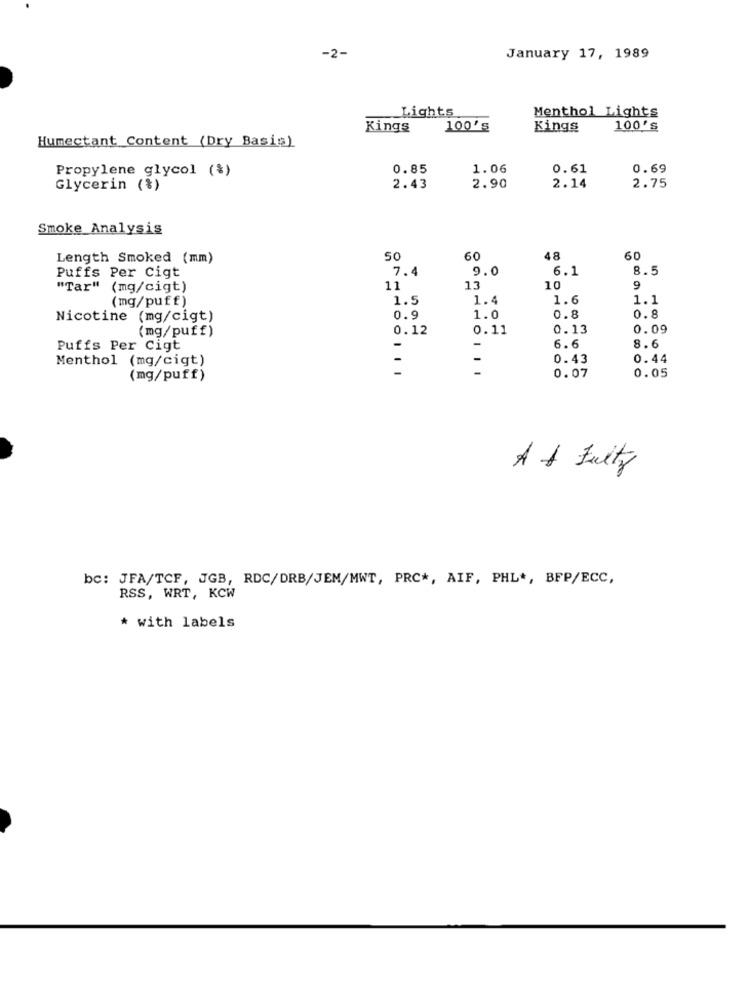
-2-
January 17, 1989
Lights
Menthol Lights
Kings
100's
Kings
100'S
Humectant Content (Dry Basis)
Propylene glycol (%)
0.85
1.06
0.61
0.69
Glycerin (%)
2.43
2.90
2.14
2.75
Smoke Analysis
Length Smoked (mm)
50
60
48
60
Puffs Per Cigt
7.4
9.0
6.1
8.5
"Tar" (mg/cigt)
11
13
10
9
(mg/puff)
1.5
1.4
1.6
1.1
Nicotine (mg/cigt)
0.9
1.0
0.8
0.8
(mg/puff)
0.12
0.11
0.13
0.09
Puffs Per Cigt
-
-
6.6
8.6
Menthol (mg/cigt)
-
-
0.43
0.44
0.05
(mg/puff)
0.07
A + Fruity
bc: JFA/TCF, JGB, RDC/DRB/JEM/MWT, PRC *, AIF, PHL *, BFP/ECC,
RSS, WRT, KCW
* with labels